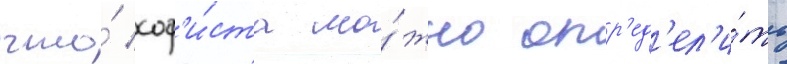
что́ соф'и́ста мо́жно опр'ед'ел'и́ть